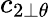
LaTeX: {c_{2\perp\theta}}